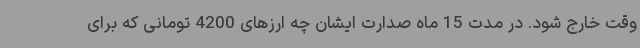
وقت خارج شود. در مدت 15 ماه صدارت ایشان چه ارزهای 4200 تومانی که برای